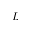
L